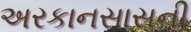
અરકાનસાસની